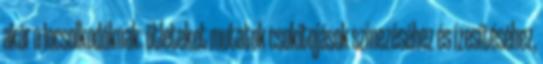
akár a locsolkodóknak: ötleteket mutatok csokitojások színezéséhez és ízesítéséhez,